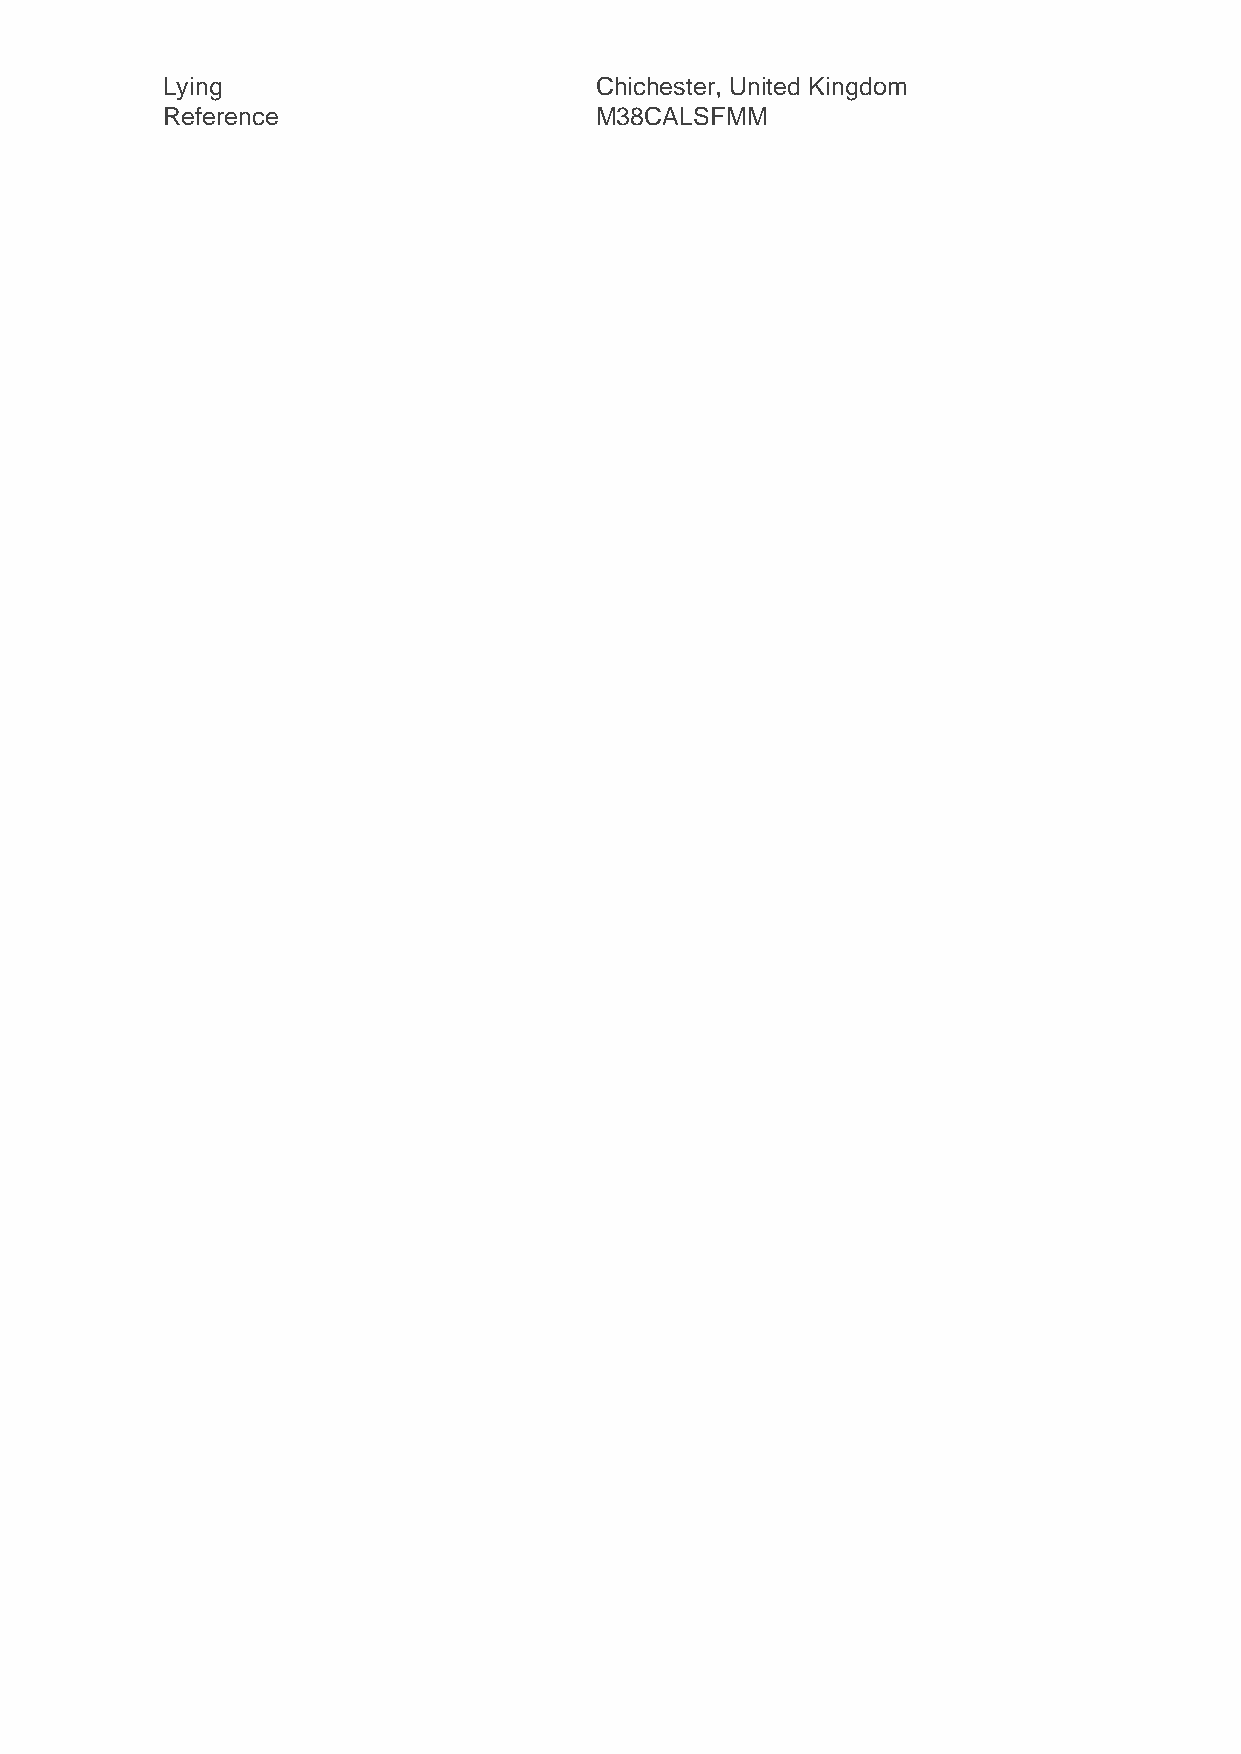
Lying                       Chichester, United Kingdom
 Reference                   M38CALSFMM